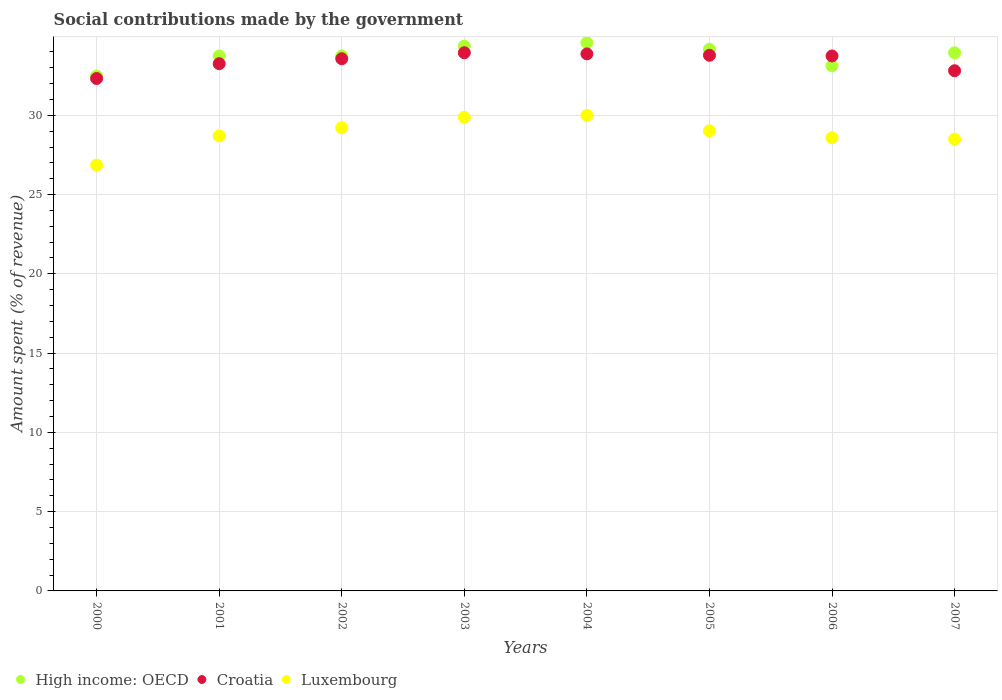
| Years | High income: OECD | Croatia | Luxembourg |
 | --- | --- | --- | --- |
 | 2000 | 32.5 | 32.3 | 26.9 |
 | 2001 | 33.7 | 33.3 | 28.7 |
 | 2002 | 33.7 | 33.6 | 29.2 |
 | 2003 | 34.4 | 33.9 | 29.9 |
 | 2004 | 34.6 | 33.9 | 30 |
 | 2005 | 34.2 | 33.8 | 29 |
 | 2006 | 33.1 | 33.7 | 28.6 |
 | 2007 | 33.9 | 32.8 | 28.5 |